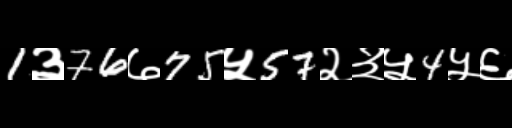
Text: 1३76७75५57२३५4५६